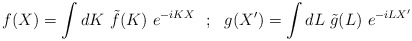
\begin{align*} f(X)=\int dK~\tilde{f}(K)~ e^{-iKX}~~;~~ g(X')=\int dL~\tilde{g}(L)~ e^{-iLX'}\end{align*}